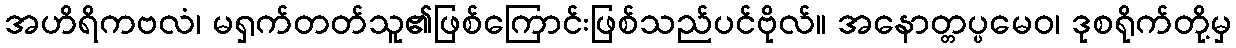
အဟိရိကဗလံ၊ မရှက်တတ်သူ၏ဖြစ်ကြောင်းဖြစ်သည်ပင်ဗိုလ်။ အနောတ္တပ္ပမေဝ၊ ဒုစရိုက်တို့မှ